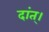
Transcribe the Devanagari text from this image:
दांत्।